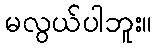
မလွယ်ပါဘူး။